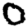
Digit: 0